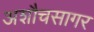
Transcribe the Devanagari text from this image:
अशौचसागर